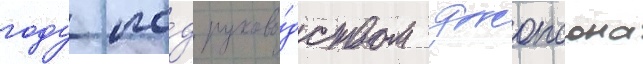
году по́д руково́дством джонсона